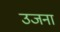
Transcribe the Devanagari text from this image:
उजना